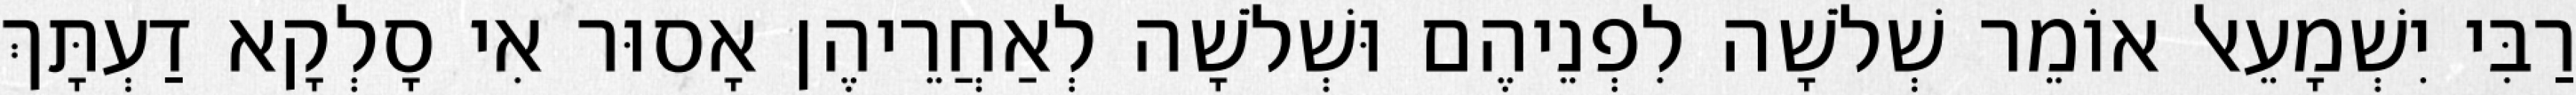
רַבִּי יִשְׁמָעֵאל אוֹמֵר שְׁלֹשָׁה לִפְנֵיהֶם וּשְׁלֹשָׁה לְאַחֲרֵיהֶן אָסוּר אִי סָלְקָא דַעְתָּךְ